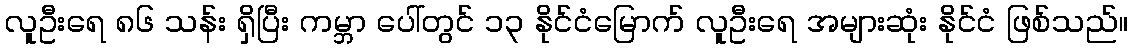
လူဦးရေ ၈၆ သန်း ရှိပြီး ကမ္ဘာ ပေါ်တွင် ၁၃ နိုင်ငံမြောက် လူဦးရေ အများဆုံး နိုင်ငံ ဖြစ်သည်။